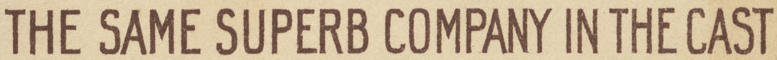
THE SAME SUPERB COMPANY IN THE CAST